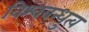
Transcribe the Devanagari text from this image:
विश्वबन्धुत्व